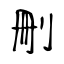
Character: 刪